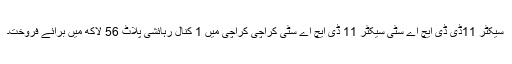
سیکٹر 11ڈی ڈی ایچ اے سٹی سیکٹر 11 ڈی ایچ اے سٹی کراچی کراچی میں 1 کنال رہائشی پلاٹ 56 لاکھ میں برائے فروخت۔